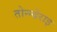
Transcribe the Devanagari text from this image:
तोन्न्देराइ